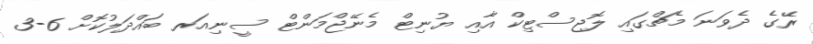
ރޭގެ ދެވަނަ މެޗްގައި ލޮޖިސްޓިކް އާއި ޔުނިޓް މެނޭޖްމަންޓް ސީނިއަރ ބައްދަލުކޮށް 6-3